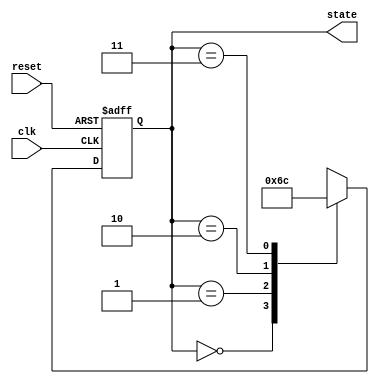
module PreConfiguredStateInitialization (
    input wire clk,          // Clock signal
    input wire reset,        // Reset signal (active high)
    output reg [1:0] state   // State output (2-bit wide for example)
);

// Define the states
localparam S0   = 2'b00;  // Initial state
localparam S1   = 2'b01;  // State 1
localparam S2   = 2'b10;  // State 2
localparam S3   = 2'b11;  // State 3

// State initialization and transition logic
always @(posedge clk or posedge reset) begin
    if (reset) begin
        // Initialize state to S0 on reset
        state <= S0;
    end else begin
        // State transition logic (example)
        case (state)
            S0: state <= S1; // Transition from S0 to S1
            S1: state <= S2; // Transition from S1 to S2
            S2: state <= S3; // Transition from S2 to S3
            S3: state <= S0; // Transition from S3 back to S0
            default: state <= S0; // Default case to handle unexpected states
        endcase
    end
end

endmodule